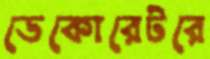
ডেকোরেটরে